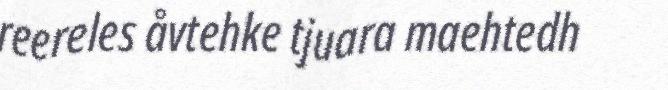
reereles åvtehke tjuara maehtedh